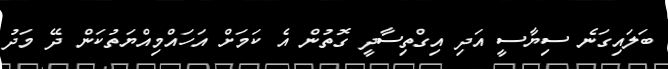
ބަލައިގަނެ ސިޔާސީ އަދި އިގްތިސާދީ ގޮތުން އެ ކަމަށް އަހައްމިއްޔަތުކަން ދޭ މަދު